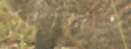
মাজিত